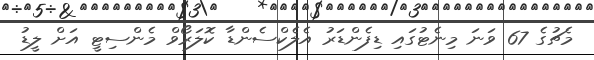
މެޗުގެ 67 ވަނަ މިނެޓުގައި ޑިފެންޑަރު އެލެކްސެންޑާ ކޮލަރޯވް މެންސިޓީ އަށް ލީޑު